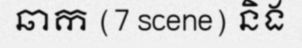
ឆាក (7 scene) និង